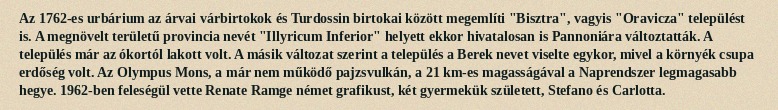
Az 1762-es urbárium az árvai várbirtokok és Turdossin birtokai között megemlíti "Bisztra", vagyis "Oravicza" települést is. A megnövelt területű provincia nevét "Illyricum Inferior" helyett ekkor hivatalosan is Pannoniára változtatták. A település már az ókortól lakott volt. A másik változat szerint a település a Berek nevet viselte egykor, mivel a környék csupa erdőség volt. Az Olympus Mons, a már nem működő pajzsvulkán, a 21 km-es magasságával a Naprendszer legmagasabb hegye. 1962-ben feleségül vette Renate Ramge német grafikust, két gyermekük született, Stefano és Carlotta.